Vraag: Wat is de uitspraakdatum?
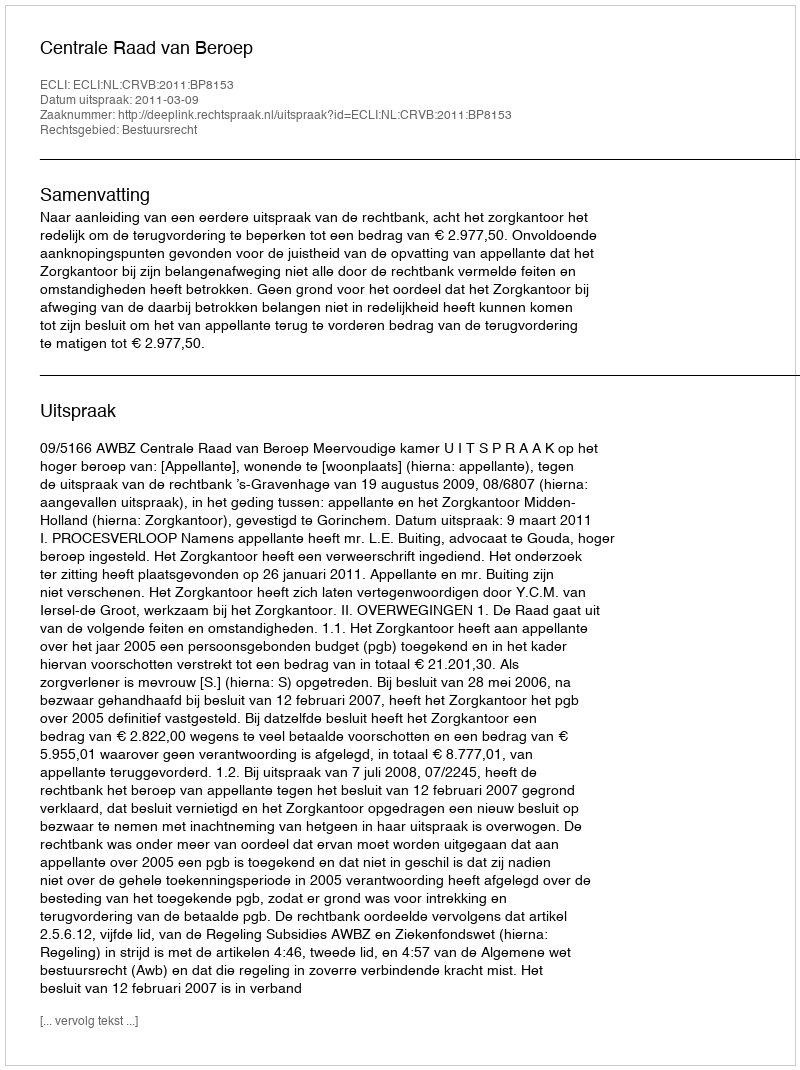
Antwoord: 2011-03-09